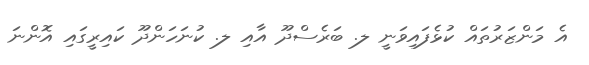
އެ މަންޒަރުތައް ކުޅެފައިވަނީ ލ. ބަރެސްދޫ އާއި ލ. ކުނަހަންދޫ ކައިރީގައި އޮންނަ